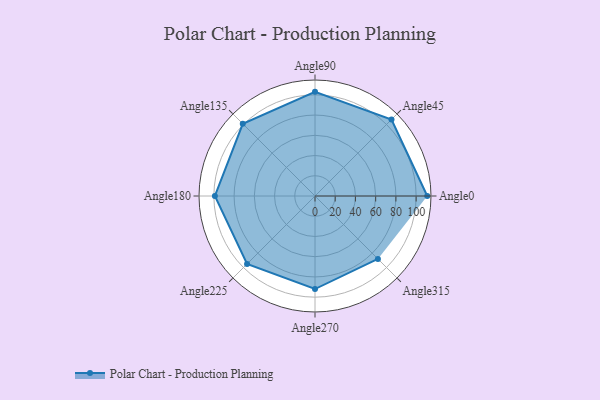
{"axis": {"x": "Angle", "y": "Radius"}, "legend": [""], "data": [{"x": "Angle0", "y": 111.0, "type": ""}, {"x": "Angle45", "y": 107.0, "type": ""}, {"x": "Angle90", "y": 103.0, "type": ""}, {"x": "Angle135", "y": 101.0, "type": ""}, {"x": "Angle180", "y": 99.0, "type": ""}, {"x": "Angle225", "y": 95.0, "type": ""}, {"x": "Angle270", "y": 92.0, "type": ""}, {"x": "Angle315", "y": 88.0, "type": ""}]}